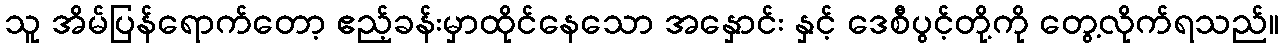
သူ အိမ်ပြန်ရောက်တော့ ဧည့်ခန်းမှာထိုင်နေသော အနှောင်း နှင့် ဒေစီပွင့်တို့ကို တွေ့လိုက်ရသည်။